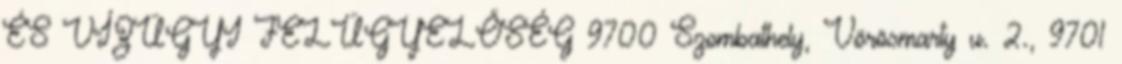
ÉS VÍZÜGYI FELÜGYELŐSÉG 9700 Szombathely, Vörösmarty u. 2., 9701